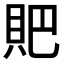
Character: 𧵅